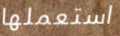
استعملها